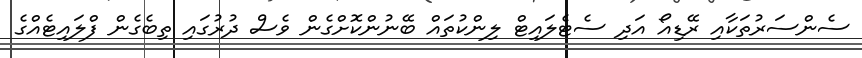
ސެންސަރުތަކާއި ރޭޑިއޯ އަދި ސެޓެލައިޓް ލިންކުތައް ބޭނުންކޮށްގެން ވެސް ދުރުގައި ތިބެގެން ފްލައިޓެއްގެ